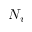
N _ { v }